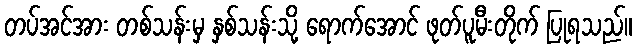
တပ်အင်အား တစ်သန်းမှ နှစ်သန်းသို့ ရောက်အောင် ဖုတ်ပူမီးတိုက် ပြုရသည်။